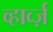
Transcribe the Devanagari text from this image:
व्हार्व्ज़